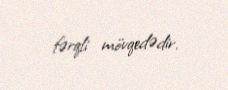
fərqli mövqedədir.